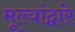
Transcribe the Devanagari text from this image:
मूल्यांद्वारे